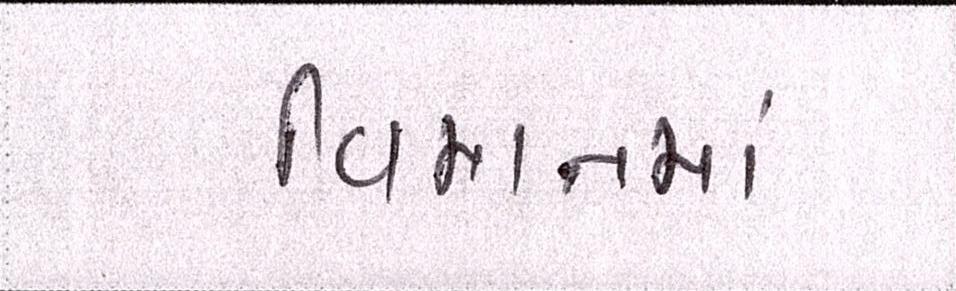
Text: વિમાનમાં